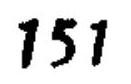
$151$